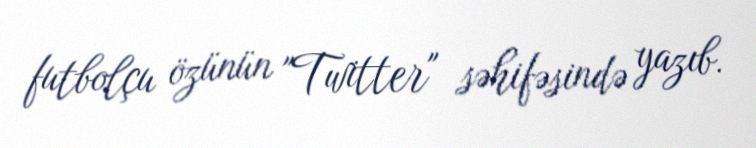
futbolçu özünün "Twitter" səhifəsində yazıb.